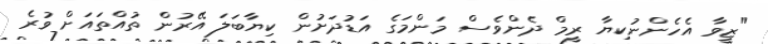
"ޒީވާ އެހެންނުކިޔާ ރީމް ދެންވެސް މަންމަގެ އަޑުދަށުން ކިޔާބަލަ އޭރުން ތުއްތައަށް ވުރެ